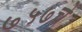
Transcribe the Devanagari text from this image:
७५७चे